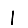
Digit: 1